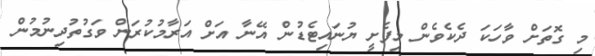
މި ގޮތަށް ވާހަކަ ދެކެެވެން މިފެށީ ޔުނައިޓެޑުން އޭނާ އަށް އަރާމުކުރަން ވަގުތުދިނުމުން